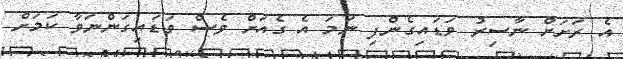
އެ ރަށަށް ނާސިރު ވަޑައިގެންފި ނަމަ އެ ގެއަށް ވެސް ވަޑައިގަންނަވާ ކަމަށް